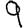
Digit: 9